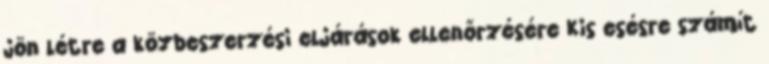
jön létre a közbeszerzési eljárások ellenőrzésére Kis esésre számít